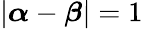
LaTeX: |{\boldsymbol{\alpha}}-{\boldsymbol{\beta}}|=1